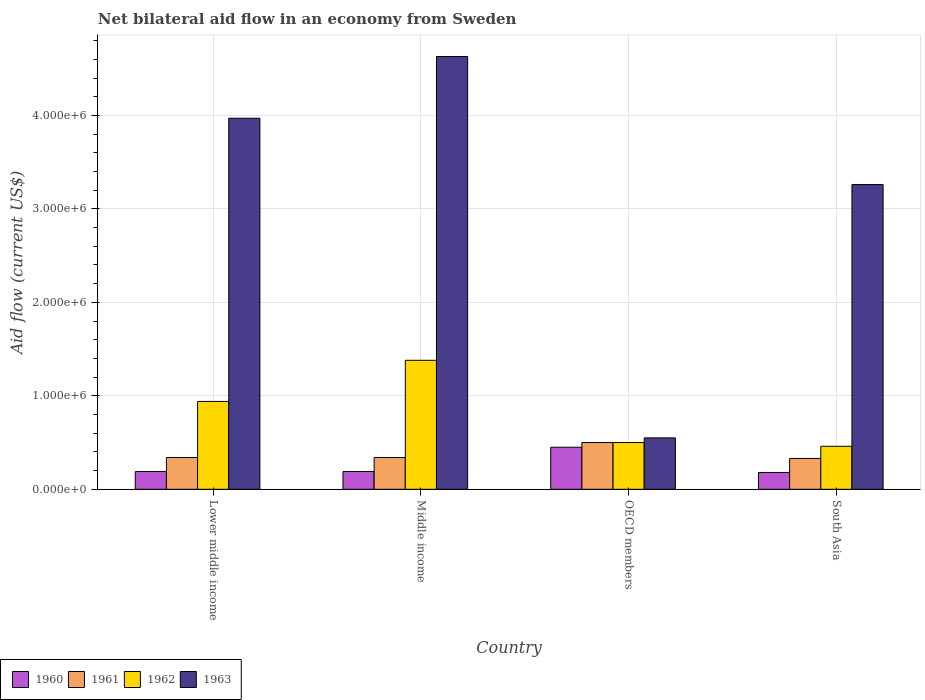
| Country | 1960 | 1961 | 1962 | 1963 |
 | --- | --- | --- | --- | --- |
 | Lower middle income | 1.9e+05 | 3.4e+05 | 9.4e+05 | 3.97e+06 |
 | Middle income | 1.9e+05 | 3.4e+05 | 1.38e+06 | 4.63e+06 |
 | OECD members | 4.5e+05 | 5e+05 | 5e+05 | 5.5e+05 |
 | South Asia | 1.8e+05 | 3.3e+05 | 4.6e+05 | 3.26e+06 |